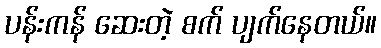
ပန်းကန် ဆေးတဲ့ စက် ပျက်နေတယ်။